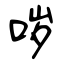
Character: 哕